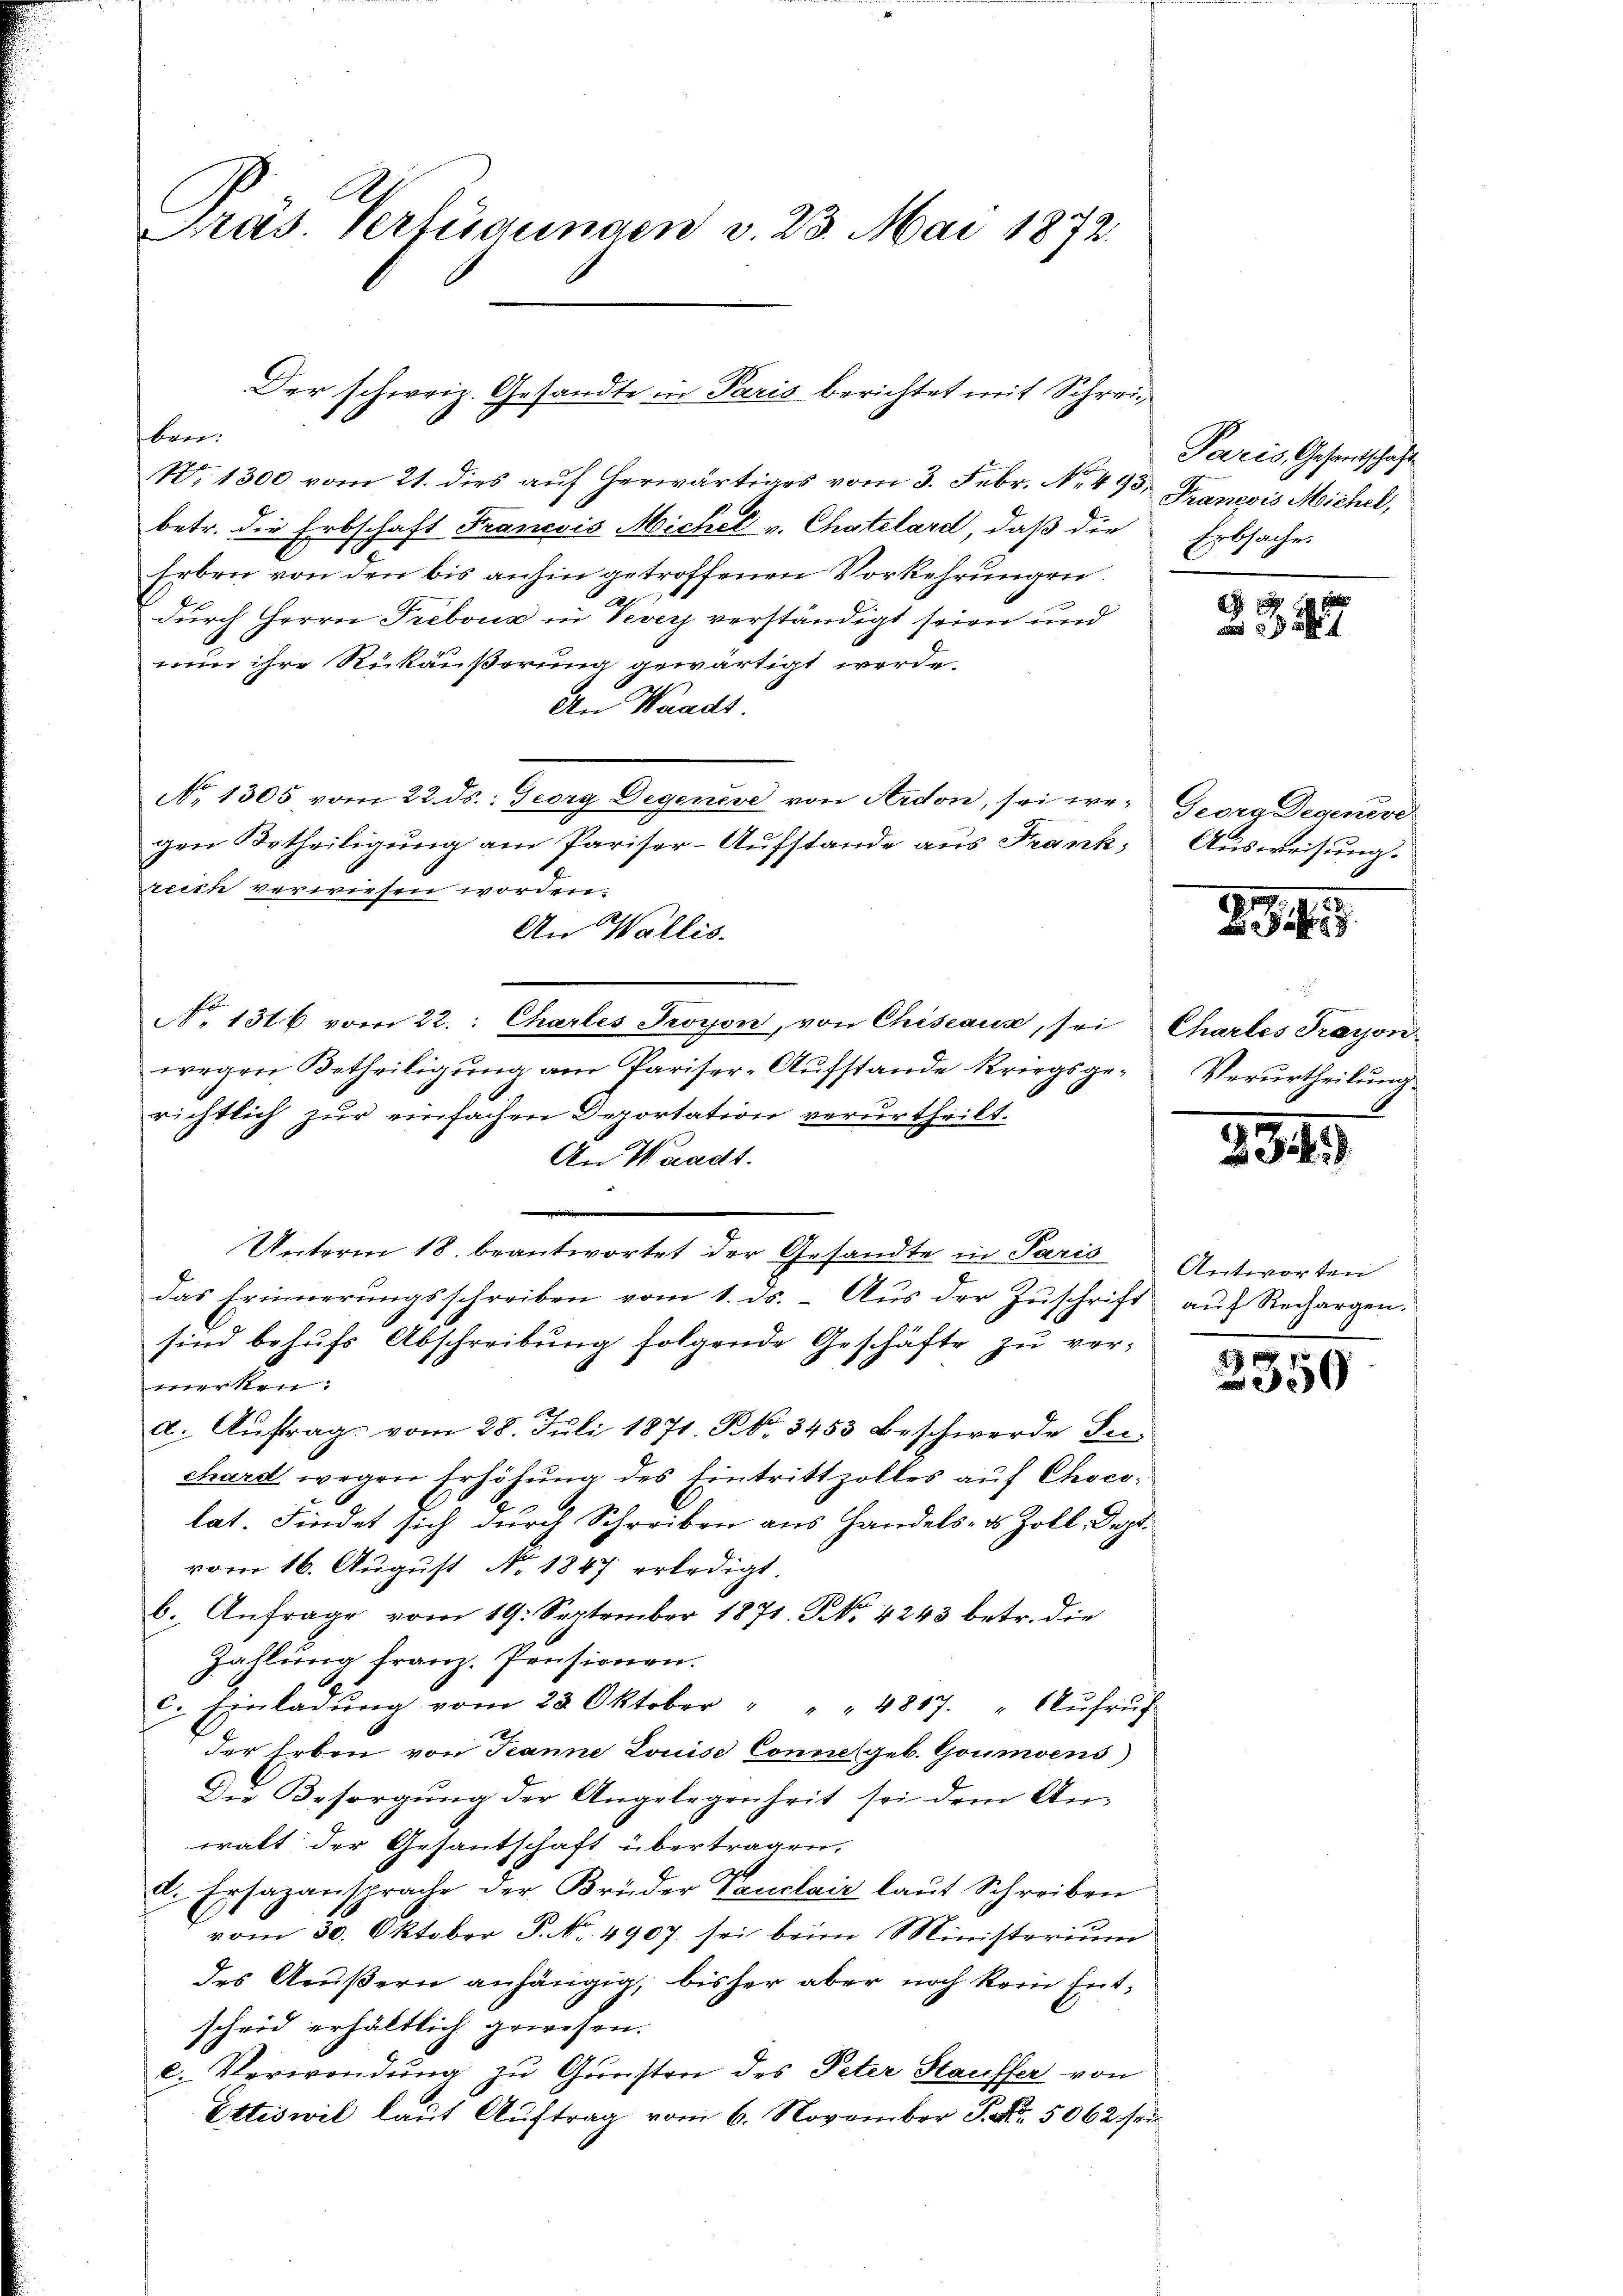
Präs. Verfügungen v. 23. Mai 1872.

ben:
N. 1300 vom 21. dies auf herwärtiges vom 3. Febr. No. 495, François Michel,
betr. die Erbschaft Francois Michel v. Chatelard, daß die
Erben von den bis anhin getroffenen Vorkehrungen.
.
durch Herrn Prebona in Vevey verständigt seien und
nun ihre Rückäußerung gewärtigt werde.
An Waadt.
No. 1305 vom 22. ds. Georg Degenese von Ardon, sei we- Georg Degeneve
gen Urtheiligung am Pariser-Aufstande aus Frank, Ausweisung.
reich verwiesen worden.
An Wallis.
N. 1316 vom 22. Chartes Soyon, von Chiseaux, sei
wegen Betheiligung am Pariser-Aufstande kriegsgerichtlich zur einfachen Deportation verurtheilt.
An Waadt.
Unterm 18. beantwortet der Gesandte in Paris
das Erinnerungsschreiben vom 1. ds. - Aus der Zuschrift auf Rechargen.
sind behufs Abschreibung folgende Geschäfte zu vermerken:
a. Auftrage vom 28. Juli 1871. R. 3453 beschwerde Seichard wegen Erhöhŭng des Eintrittzolles auf Choco-
lat. Findet sich durch Schreiben aus Handels- & Zoll. Sept.
vom 16. August No. 1847 erledigt.
b. Anfrage vom 19. September 1871. No 4243 betr. die
Zahlung franz. Pensionen.
c. Einladŭng vom 23. Oktober " " " 4817. " Aŭfrŭf
der Erben von Jeanne Louise Conne (geb. Goumoens)
Die Besorgung der Angelegenheit sei dem An-
walt der Gesantschaft übertragen.
d. Ersazansprache der Brüder Tauclaiz laŭt Schreiben
vom 30. Oktober P. Nr. 4907. sei beim Ministerium
des Aeußern anhängig, bisher aber noch kein Entscheid erhältlich gewesen.
e. Verwendung zu Gunsten des Peter Stauffer von
Ettiswil laut Auftrag vom 6. November P. Nr. 5062 sei

Der schweiz. Gesandte in Paris berichtet mit Schrei¬

Paris, Gesandtschäft
Erbsache.

28. 4

Chartes Tragon
Verurtheilung.

394.

Antworten

2350